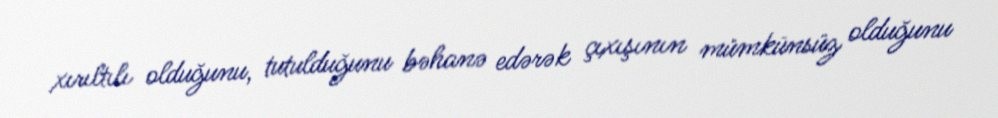
xırıltılı olduğunu, tutulduğunu bəhanə edərək çıxışının mümkünsüz olduğunu